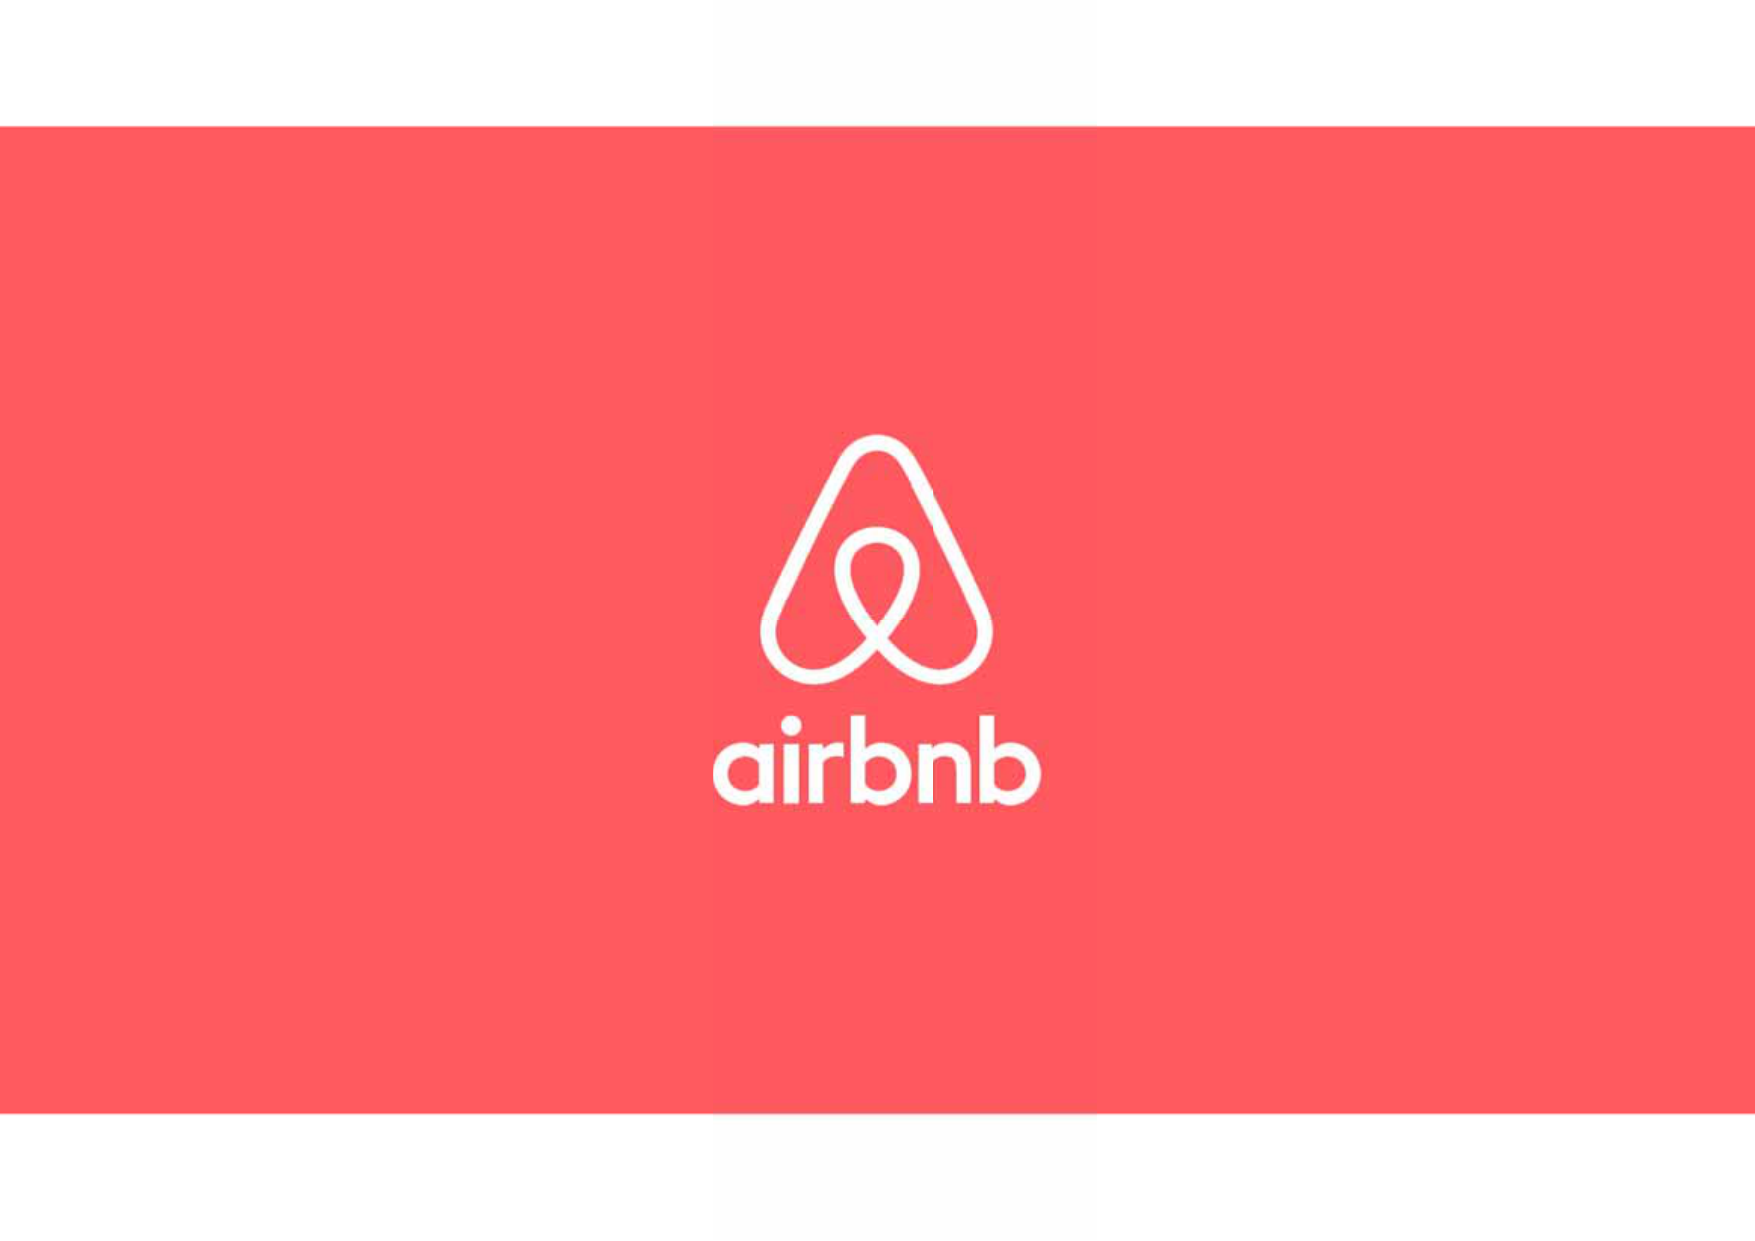
airbnb